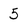
Character: 5